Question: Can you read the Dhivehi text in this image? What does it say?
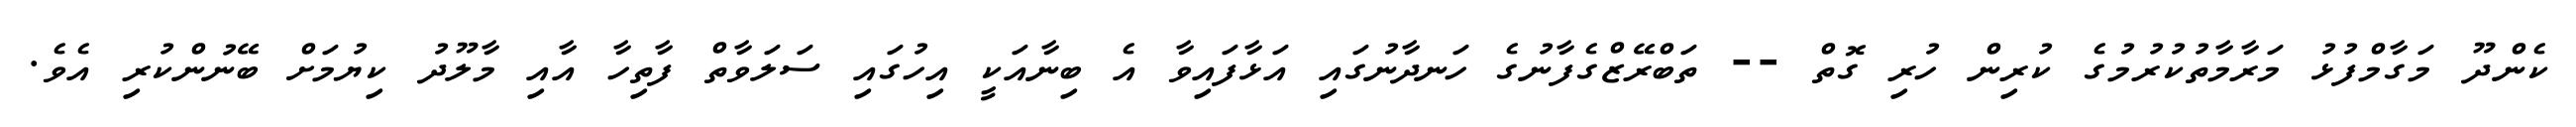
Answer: ކެންދޫ މަގާމްފުޅު މަރާމާތުކުރުމުގެ ކުރިން ހުރި ގޮތް -- ތަބްރޭޒްގެފާނުގެ ހަނދާނުގައި އަޅާފައިވާ އެ ބިނާއަކީ އިހުގައި ސަލަވާތް ފާތިހާ އާއި މާލޫދު ކިޔުމަށް ބޭނުންކުރި އެވެ.